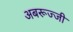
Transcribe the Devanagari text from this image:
अबरूज्जी